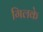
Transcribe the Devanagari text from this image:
गिलके